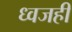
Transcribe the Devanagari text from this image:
ध्वजही